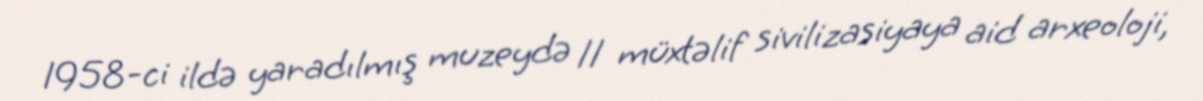
1958-ci ildə yaradılmış muzeydə 11 müxtəlif sivilizasiyaya aid arxeoloji,